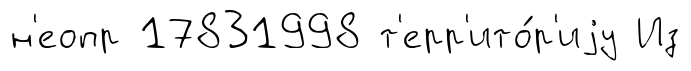
н'еопр 17831998 т'ерр'ито́р'иjу Из